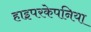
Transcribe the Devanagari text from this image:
हाइपरकेपनिया